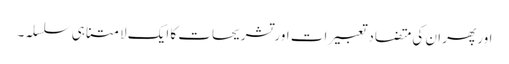
اور پھر ان کی متضاد تعبیرات اور تشریحات کا ایک لامتناہی سلسلہ۔